Calcutta medical institutions reports 1879-81 [i.e.91]
Year: 1879
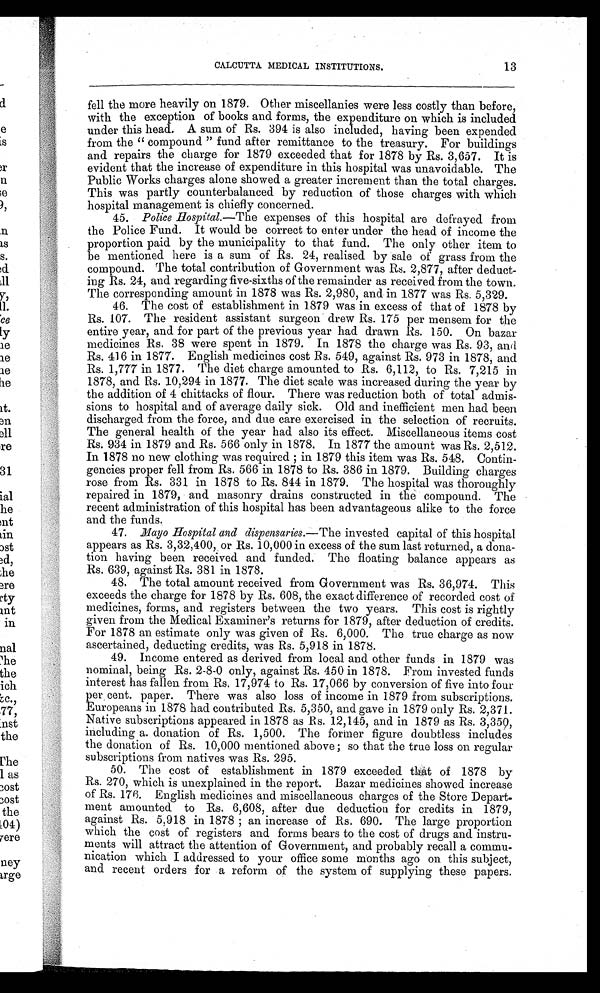
13
CALCUTTA MEDICAL INSTITUTIONS.
fell the more heavily on 1879. Other miscellanies were less costly than before,
with the exception of books and forms, the expenditure on which is included
under this head. A sum of Rs. 394 is also included, having been expended
from the "compound " fund after remittance to the treasury. For buildings
and repairs the charge for 1879 exceeded that for 1878 by Rs. 3,657. It is
evident that the increase of expenditure in this hospital was unavoidable. The
Public Works charges alone showed a greater increment than the total charges.
This was partly counterbalanced by reduction of those charges with which
hospital management is chiefly concerned.
45. Police Hospital.—The expenses of this hospital are defrayed from
the Police Fund. It would be correct to enter under the head of income the
proportion paid by the municipality to that fund. The only other item to
be mentioned here is a sum of Rs. 24, realised by sale of grass from the
compound. The total contribution of Government was Rs. 2,877, after deduct
-
ing Rs. 24, and regarding five-sixths of the remainder as received from the town.
The corresponding amount in 1878 was Rs. 2,980, and in 1877 was Rs. 5,329.
46. The cost of establishment in 1879 was in excess of that of 1878 by
Rs. 107. The resident assistant surgeon drew Rs. 175 per mensem for the
entire year, and for part of the previous year had drawn Rs. 150. On bazar
medicines Rs. 38 were spent in 1879. In 1878 the charge was Rs. 93, and
Rs. 416 in 1877. English medicines cost Rs. 549, against Rs. 973 in 1878, and
Rs. 1,777 in 1877. The diet charge amounted to Rs. 6,112, to Rs. 7,215 in
1878, and Rs. 10,294 in 1877. The diet scale was increased during the year by
the addition of 4 chittacks of flour. There was reduction both of total admis
-
sions to hospital and of average daily sick. Old and inefficient men had been
discharged from the force, and due care exercised in the selection of recruits.
The general health of the year had also its effect. Miscellaneous items cost
Rs. 934 in 1879 and Rs. 566 only in 1878. In 1877 the amount was Rs. 2,512.
In 1878 no new clothing was required; in 1879 this item was Rs. 548. Contin
-
gencies proper fell from Rs. 566 in 1878 to Rs. 386 in 1879. Building charges
rose from Rs. 331 in 1878 to Rs. 844 in 1879. The hospital was thoroughly
repaired in 1879, and masonry drains constructed in the compound. The
recent administration of this hospital has been advantageous alike to the force
and the funds.
47. Mayo Hospital and dispensaries.—The invested capital of this hospital
appears as Rs. 3,32,400, or Rs. 10,000 in excess of the sum last returned, a dona
-
tion having been received and funded. The floating balance appears as
Rs. 639, against Rs. 381 in 1878.
48. The total amount received from Government was Rs. 36,974. This
exceeds the charge for 1878 by Rs. 608, the exact difference of recorded cost of
medicines, forms, and registers between the two years. This cost is rightly
given from the Medical Examiner's returns for 1879, after deduction of credits.
For 1878 an estimate only was given of Rs. 6,000. The true charge as now
ascertained, deducting credits, was Rs. 5,918 in 1878.
49. Income entered as derived from local and other funds in 1879 was
nominal, being Rs. 2-8-0 only, against Rs. 450 in 1878. From invested funds
interest has fallen from Rs. 17,974 to Rs. 17,066 by conversion of five into four
p e r c e n t . p a p e r . T h e r e w a s a l s o l o s s o f i n c o m e i n 1 8 7 9 f r o m s u b s c r i p t i o n s .
Europeans in 1878 had contributed Rs. 5,350, and gave in 1879 only Rs. 2,371.
Native subscriptions appeared in 1878 as Rs. 12,145, and in 1879 as Rs. 3,350,
including a donation of Rs. 1,500. The former figure doubtless includes
the donation of Rs. 10,000 mentioned above; so that the true loss on regular
subscriptions from natives was Rs. 295.
50. The cost of establishment in 1879 exceeded that of 1878 by
Rs. 270, which is unexplained in the report. Bazar medicines showed increase
of Rs. 176. English medicines and miscellaneous charges of the Store Depart
-
ment amounted to Rs. 6,608, after due deduction for credits in 1879,
against Rs. 5,918 in 1878; an increase of Rs. 690. The large proportion
which the cost of registers and forms bears to the cost of drugs and instru
-
ments will attract the attention of Government, and probably recall a commu
-
nication which I addressed to your office some months ago on this subject,
and recent orders for a reform of the system of supplying these papers.